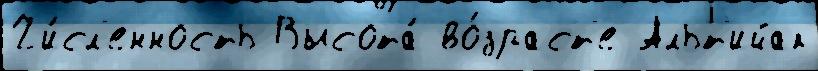
Чи́сл'енность Высота́ во́зраст'е Альт'ийак